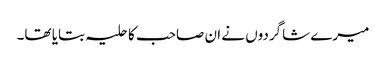
میرے شاگردوں نے ان صاحب کا حلیہ بتایا تھا۔